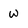
Character: W